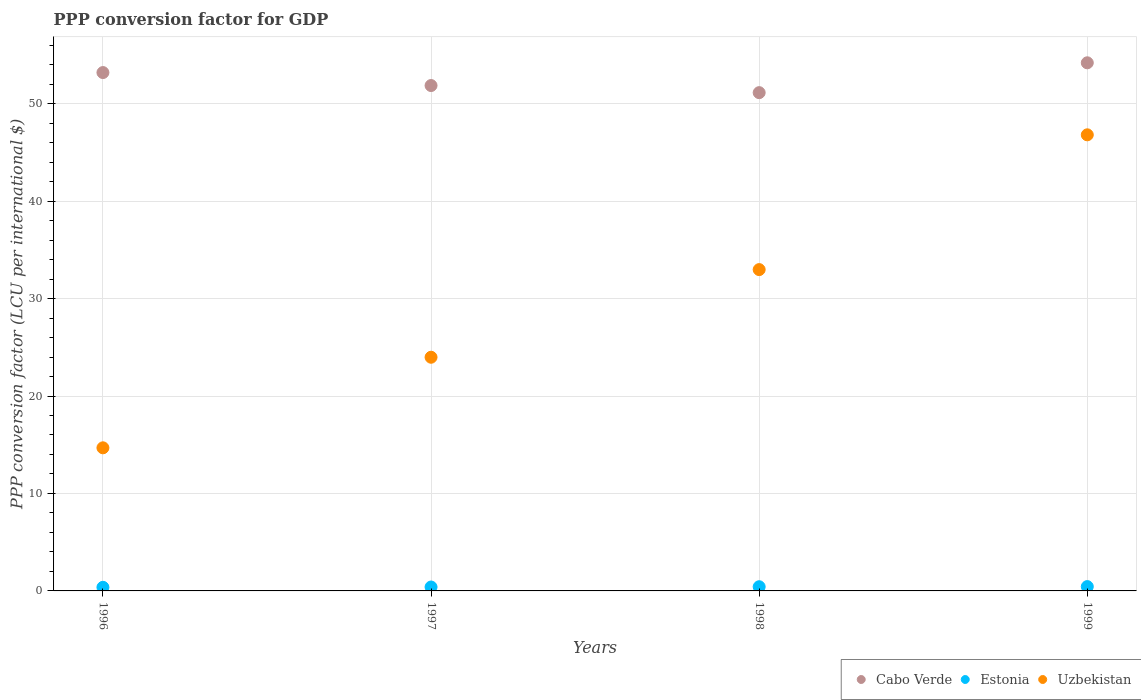
| Years | Cabo Verde | Estonia | Uzbekistan |
 | --- | --- | --- | --- |
 | 1996 | 53.2 | 0.37 | 14.7 |
 | 1997 | 51.9 | 0.401 | 24 |
 | 1998 | 51.1 | 0.429 | 33 |
 | 1999 | 54.2 | 0.444 | 46.8 |